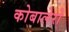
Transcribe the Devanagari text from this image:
कोबालेरो